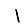
Digit: 1